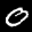
Label: 0